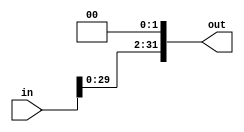
// This program was cloned from: https://github.com/ahmd-kamel/Single-Cycle_MIPS
// License: The Unlicense

module SHIFT_LEFT
#(
    parameter DATA_WIDTH = 32
) (
    input wire[DATA_WIDTH - 1 : 0] in,
    output wire[DATA_WIDTH - 1 : 0] out
);

    assign out = (in << 2);

endmodule